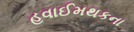
હવાઈમથકના